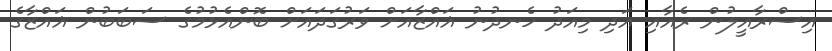
އިސްރާއީލުން ރެއާއި އަދި މިއަދު ހެނދުނު ޣައްޒާއަށް ވަރުގަދައަށް ބޮންއެޅުމުގެ ސަބަބުން ޣައްޒާގެ